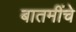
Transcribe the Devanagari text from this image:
बातमींचे